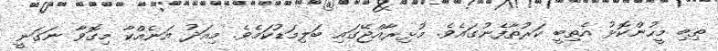
ތިބި މީހުންކޮޅު އެތިބީ ކަރުތާފެނުގައެވެ. މުޅިރާއްޖޭގައި ބަލިމަޑުކަމެވެ. މިއަދު އަނެއްކާ މިގޮވާ ނަގަނީ